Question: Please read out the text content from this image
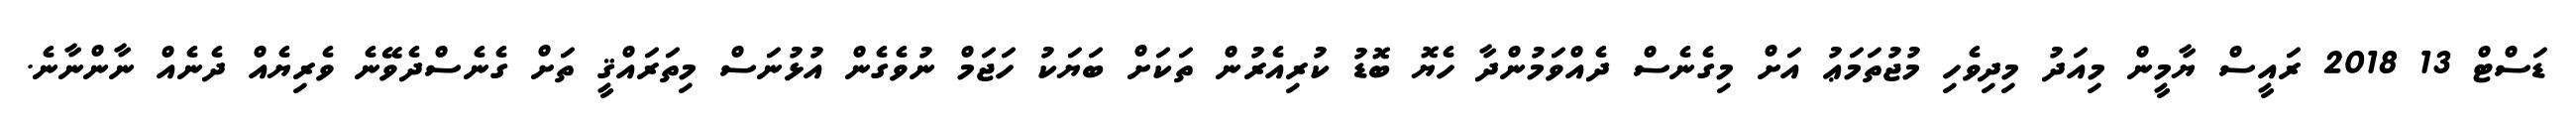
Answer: ޑަސްޓް 13 2018 ރައީސް ޔާމީން މިއަދު މިދިވެހި މުޖުތަމަޢު އަށް މިގެނެސް ދެއްވަމުންދާ ހެޔޮ ބޮޑު ކުރިއެރުން ތަކަށް ބަޔަކު ހަޖަމް ނުވެގެން އުޅުނަސް މިތަރައްޤީ ތަށް ގެނެސްދެވޭނެ ވެރިޔެއް ދެނެއް ނާންނާނެ.